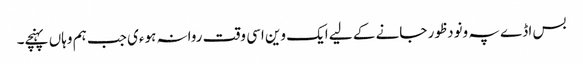
بس اڈے پہ ونودظور جانے کے لیے ایک وین اسی وقت روانہ ہوءی جب ہم وہاں پہنچے۔